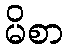
မိစာ